Scottish Leaving Certificate Examination, 1961
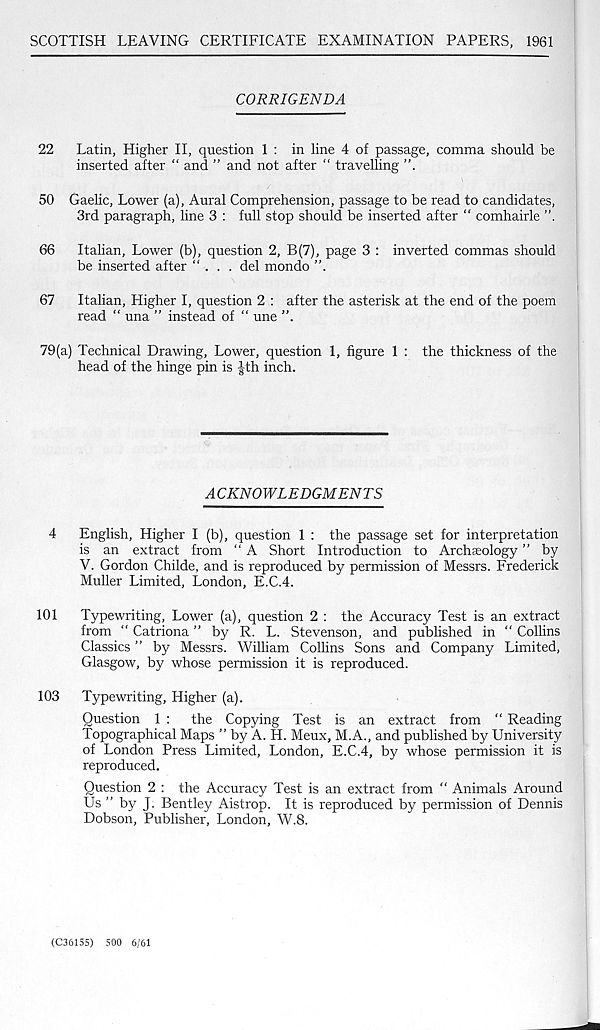
SCOTTISH LEAVING CERTIFICATE EXAMINATION PAPERS, 1961
CORRIGENDA
22
Latin, Higher II, question 1 : in line 4 of passage, comma should be
inserted after “ and ” and not after “ travelling
50 Gaelic, Lower (a), Aural Comprehension, passage to be read to candidates,
3rd paragraph, line 3 : full stop should be inserted after “ comhairle
66
Italian, Lower (b), question 2, B(7), page 3 : inverted commas should
be inserted after “ . . . del mondo
67
Italian, Higher I, question 2 : after the asterisk at the end of the poem
read “ una ” instead of “ une
79(a) Technical Drawing, Lower, question 1, figure 1 : the thickness of the
head of the hinge pin is |th inch.
A CKNOWLEDGMENTS
4
English, Higher I (b), question 1 : the passage set for interpretation
is an extract from “ A Short Introduction to Archaeology ” by
V. Gordon Childe, and is reproduced by permission of Messrs. Frederick
Muller Limited, London, E.C.4.
101
Typewriting, Lower (a), question 2 : the Accuracy Test is an extract
from “ Catriona ” by R. L. Stevenson, and published in “ Collins
Classics ” by Messrs. William Collins Sons and Company Limited,
Glasgow, by whose permission it is reproduced.
103
Typewriting, Higher (a).
Question 1 :
the Copying Test is an extract from “ Reading
Topographical Maps ” by A. H. Meux, M.A., and published by University
of London Press Limited, London, E.C.4, by whose permission it is
reproduced.
Question 2 : the Accuracy Test is an extract from “ Animals Around
Us ” by J. Bentley Aistrop. It is reproduced by permission of Dennis
Dobson, Publisher, London, W.8.
(C36155) 500 6/61